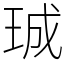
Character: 珹